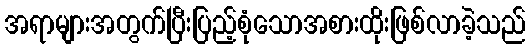
အရာများအတွက်ပြီးပြည့်စုံသောအစားထိုးဖြစ်လာခဲ့သည်